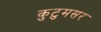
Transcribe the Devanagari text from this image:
कुटुमसर